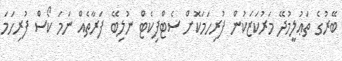
ބޭރުގެ ތަޢުލީމުދޭ މަރުކަޒަކުން ފުރިހަމަކޮށް ސެޓްފިކެޓް ނުލިބޭ ފަރާތެއް ނަމަ ކޯސް ފުރިހަމަ